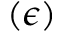
( \epsilon )